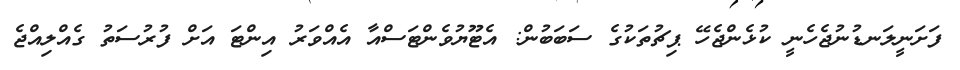
ފަށަނީލަނޑުނުޖެހެނީ ކުޅެންޖެހޭ ޕިޗުތަކުގެ ސަބަބުން: އެޓޫޔުވެންޓަސްއާ އެއްވަރު އިންޓަ އަށް ފުރުސަތު ގެއްލިއްޖެ